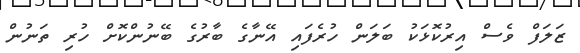
ޒަލަފް ވެސް އިރުކޮޅަކު ބަލަން ހުރެފައި އޭނާގެ ބާރުގެ ބޭނުންކޮށް ހުރި ތަނުން